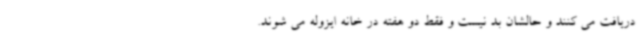
دریافت می کنند و حالشان بد نیست و فقط دو هفته در خانه ایزوله می شوند.